Statistical return of the lunatic asylum in Assam - 1912-1932
Year: 1912
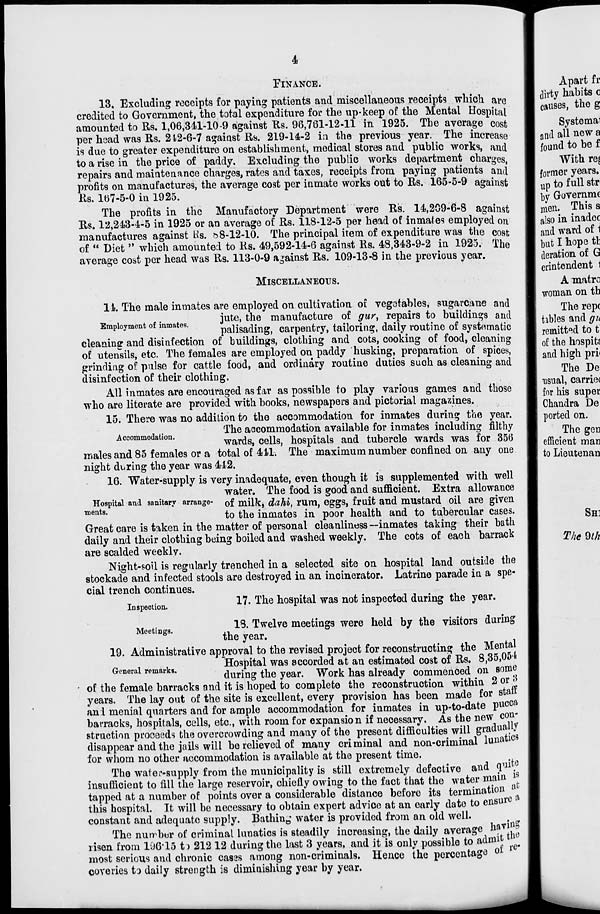
4
PlNANCB.
13. Excluding receipts for paying patients and miscellaneous receipts which are
credited to Government, the total expenditure for the up-keep of the Mental Hospital
amounted to Rs. 1,06,341-10-9 against Rs. 96,781-12-11 in 1925. The average cost
per head was Rs. 212-6-7 against Rs. 219-14-2 in the previous year. The increase
is due to greater expenditure on establishment, medical stores and public works, and
to a rise in the price of paddy. Excluding the public works department charges,
repairs and maintenance charges, rates and taxes, receipts from paying patients and
profits on manufactures, the average cost per inmate works out to Rs. 165-5-9 against
Rs. 167-5-0 in 1925.
The profits in the Manufactory Department were Rs. 14,209-6-8 against
Rs. 12,243-4-5 in 1925 or an average of Rs. 118-12-5 per head of inmates employed on
manufactures against bis. b8-12-10. The principal item of expenditure was the cost
of " Diet " which amounted to Rs. 49,592-14-6 against Rs. 48,343-9-2 in 1925. The
average cost per head was Rs. 113-0-9 against Rs. 109-13-8 in the previous year.
MISCELLANEOUS.
14. The male inmates are employed on cultivation of vegetables, sugarcane and
jute, the manufacture of gur, repairs to buildings and
mp oyment o inmates.
palisading, carpentry, tailoring, daily routine of systematic
cleaning and disinfection of buildings, clothing and cots, cooking of food, cleaning
of utensils, etc. The females are employed on paddy husking, preparation of spices,
grinding of pulse for cattle food, and ordinary routine duties such as cleaning and
disinfection of their clothing.
All inmates are encouraged as far as possible to play various games and those
who are literate are provided with books, newspapers and pictorial magazines.
15. There was no addition to the accommodation for inmates during the year.
The accommodation available for inmates including filthy
wards, cells, hospitals and tubercle wards was for 356
males and 85 females or a total of 411. The maximum number confined on any one
night during the year was 442.
16. Water-supply is very inadequate, even though it is supplemented with well
water. The food is good and sufficient. Extra allowance
Hospital and sanitary arrange- 0 f milk, dahi, rum, eggs, fruit and mustard oil are given
TDeut8,
to the inmates in poor health and to tubercular cases.
Great care is taken in the matter of personal cleanliness —inmates taking their bath
daily and their clothing being boiled and washed weekly. The cots of each barrack
are scalded weeklv.
Night-soil is regularly trenched in a selected site on hospital land outside the
stockade and infected stools are destroyed in an incinerator. Latrine parade in a spe-
cial trench continues.
ins eedon
ty ^e hospital was not inspected during the year.
18. Twelve meetings were held by the visitors during
the year.
19. Administrative approval to the revised project for reconstructing the Mental
Hospital was accorded at an estimated cost of Rs. 8,35,054
General remarks.
during ^ year ^^ hag a j ready CommenCe d on SOmC
of the female barracks and it is hoped to complete the reconstruction within 2or<j
years. The lay out of the site is excellent, every provision has been made for stall
anl menial quarters and for ample accommodation for inmates in up-to-date pucca
barracks, hospitals, cells, etc., with room for expansion if necessary. As the new con-
struction proceeds the overcrowding and many of the present difficulties will gradually
disappear and the jails will be relieved of many criminal and non-criminal lunatics
for whom no other accommodation is available at the present time.
The watei'-supply from the municipality is still extremely defective and quit 0
insufficient to fill the large reservoir, chiefly owing to the fact that the water main
tapped at a number of points over a considerable distance before its termination »
this hospital. It will be necessary to obtain expert advice at an early date to ensure
constant and adequate supply. Bathing water is provided from an old well.
The nuirber of criminal lunatics is steadily increasing, the daily average havi »
risen from 106-15 t) 212 12 during the last 3 years, and it is only possible to admit tfl
most serious and chronic casss among non-criminals. Hence the percentage °*
coveries to daily strength is diminishing year by year.
Meetings.